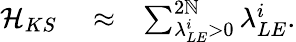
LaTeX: \begin{array}{rlr}{\mathcal{H}_{KS}}&{{}\approx}&{\sum_{\lambda_{LE}^{i}>0}^{2\mathbb{N}}\lambda_{LE}^{i}.}\end{array}